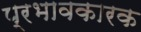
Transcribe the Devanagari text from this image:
प्रभावकारक